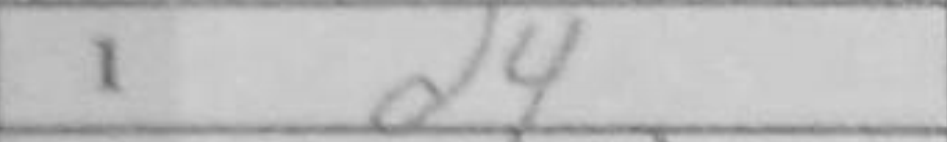
Transcription: d4